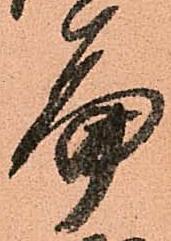
篇